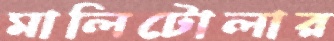
মালিটোলার